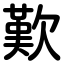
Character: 歎